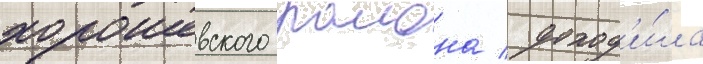
хорошевского раиона / доход'и́ла